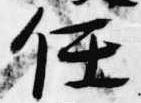
任